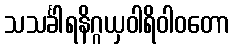
သသင်္ခါရနိဂ္ဂယှဝါရိဝါဝတော